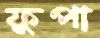
ফুপা